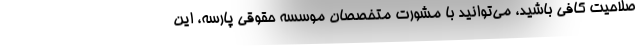
صلاحیت کافی باشید، می‌توانید با مشورت متخصصان موسسه حقوقی پارسه، این